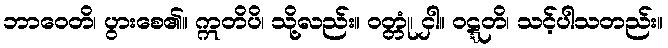
ဘာဝေတိ၊ ပွားစေ၏။ ဣတိပိ၊ သို့လည်း။ ဝတ္တုံ၊ ငှါ။ ဝဋ္ဋတိ၊ သင့်ပါသတည်း။